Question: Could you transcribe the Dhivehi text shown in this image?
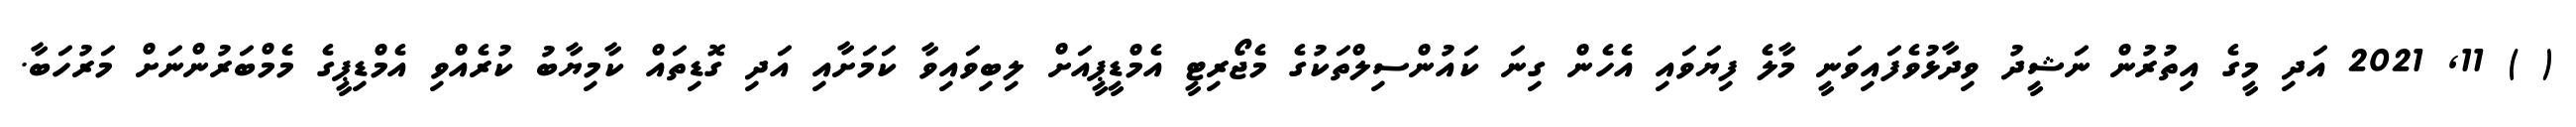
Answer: ( ) 11, 2021 އަދި މީގެ އިތުރުން ނަޝީދު ވިދާޅުވެފައިވަނީ މާލެ ފިޔަވައި އެހެން ގިނަ ކައުންސިލްތަކުގެ މެޖޯރިޓީ އެމްޑީޕީއަށް ލިބިވައިވާ ކަމަށާއި އަދި ގޮޑިތައް ކާމިޔާބު ކުރެއްވި އެމްޑިޕީގެ މެމްބަރުންނަށް މަރުހަބާ.